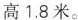
高1.8米。